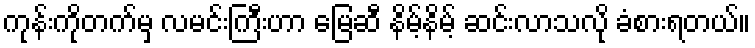
ကုန်းကိုတက်မှ လမင်းကြီးဟာ မြေဆီ နိမ့်နိမ့် ဆင်းလာသလို ခံစားရတယ်။